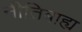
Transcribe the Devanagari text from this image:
नीतिबाह्य